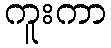
ကူးကာ